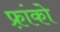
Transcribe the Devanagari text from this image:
फ़्रांको